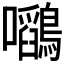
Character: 𭍉